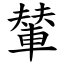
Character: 輦